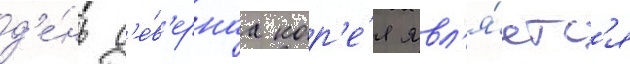
д'е́нь с'е́в'ернаа кор'е́я явл'я́етс'я